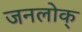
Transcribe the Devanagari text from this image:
जनलोक्